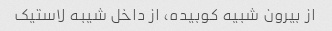
از بیرون شبیه کوبیده، از داخل شیبه لاستیک